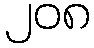
၂၀၈